Annual administration report of the Civil Veterinary Department of India - 1892-1893
Year: 1892
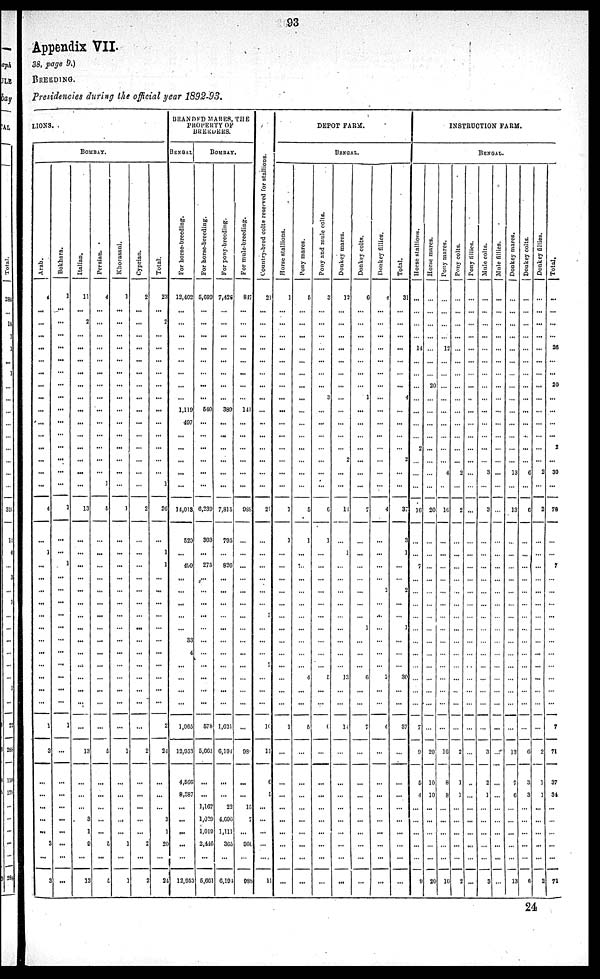
93
Appendix VII.
38, page 9.)
BREEDING.
Presidencies during the official year 1892-93.
LIONS.
BOMBAY.
Arab.
...
...
...
...
...
...
...
...
...
...
...
...
...
...
...
4
...
1
...
...
...
...
...
...
...
...
...
...
...
...
1
3
...
...
...
...
...
3
...
3
Bokhara.
1
...
...
...
...
...
...
...
...
...
...
...
...
...
...
...
1
...
...
1
...
...
...
... ...
...
...
...
...
...
...
1
...
...
...
...
...
...
...
...
...
Italian.
11
...
2
...
...
...
...
...
...
...
...
...
...
...
...
...
13
...
...
...
...
...
...
...
...
...
...
...
...
...
...
...
13
...
...
...
3
1
9
...
13
Persian.
4
...
...
...
...
...
...
...
...
...
...
...
...
...
...
1
5
...
...
...
...
...
...
...
...
...
...
...
...
...
...
...
5
...
...
...
...
...
5
...
5
Khorasani.
1
...
...
...
...
...
...
...
...
...
...
...
...
...
...
...
1
...
...
...
...
...
...
... ...
...
...
...
...
...
...
...
1
...
...
...
...
...
1
...
1
Cyprian.
2
...
...
...
...
...
...
...
...
...
...
...
...
...
...
...
2
...
...
...
...
...
...
...
...
...
...
...
...
...
...
...
2
...
...
...
...
...
2
...
2
Total.
23
...
2
...
...
...
...
...
...
...
...
...
...
...
...
1
26
...
1
1
...
...
...
... ...
...
...
...
...
...
...
2
24
...
...
...
3
1
20
...
2
BRANDED MARES, THE
PROPERTY OF
BREEDERS.
BENGAL
For horse-breeding.
12,402
...
...
...
...
...
...
...
...
1,119
497
...
...
...
...
...
14,018
529
...
490
...
...
...
... ...
33
4
...
...
...
...
1,065
12,033
4,566
8,387
...
...
...
...
...
12,953
BOMBAY.
For horse-breeding.
5,699
...
...
...
...
...
...
...
...
540
...
...
...
...
...
...
6,239
303
...
275
...
...
...
... ...
...
...
...
...
...
...
678
5,661
...
...
1,167
1,029
1,019
2,446
...
5,661
For pony-breeding.
7,428
...
...
...
...
...
...
...
...
389
...
...
...
...
...
...
7,815
795
...
826
...
...
...
...
...
...
...
...
...
...
...
1,031
6,194
...
...
22
4,696
1,111
365
...
6,164
For mule-breeding.
817
...
...
...
...
...
...
...
...
141
...
...
...
...
...
...
988
...
...
...
...
...
...
...
...
...
...
...
...
...
...
...
93
...
...
15
7
...
960
...
988
Countr y- br e d c o l t s r e s e r v e d for stallions.
21
...
...
...
...
...
...
...
...
...
...
...
...
...
...
...
21
...
...
...
...
...
...
3 ...
...
...
7
...
...
...
10
11
6
5
...
...
...
...
...
11
DEPOT FARM.
BENGAL.
Horse stallions.
1
...
...
...
...
...
...
...
...
...
...
...
...
...
...
...
1
1
...
...
...
...
...
...
...
...
...
...
...
...
...
1
...
...
...
...
...
...
...
...
...
Pony mares.
5
...
...
...
...
...
...
...
...
...
...
...
...
...
...
...
5
1
...
...
...
...
...
... ...
...
...
...
4
...
...
6
...
...
...
...
...
...
...
...
...
Pony and mule colls.
3
...
...
...
...
...
...
...
3
...
...
...
...
...
...
...
6
1
...
...
...
...
...
...
...
...
...
...
5
...
...
6
...
...
...
...
...
...
...
...
...
Donkey mares.
12
...
...
...
...
...
...
...
...
...
...
...
...
2
...
...
11
...
1
...
...
...
...
... ...
...
...
...
13
...
...
14
...
...
...
...
...
...
...
...
...
Donkey colts.
6
...
...
...
...
...
...
...
1
...
...
...
...
...
...
...
7
...
...
...
...
...
...
...
1
...
...
...
6
...
...
7
...
...
...
...
...
...
...
...
...
Donkey fillies.
4
...
...
...
...
...
...
...
...
...
...
...
...
...
...
...
4
...
...
...
...
2
...
... ...
...
...
...
2
...
...
4
...
...
...
...
...
...
...
...
...
Total.
31
...
...
...
...
...
...
...
4
...
...
...
...
2
...
...
37
3
1
...
...
2
...
...
1
...
...
...
30
...
...
37
...
...
...
...
...
...
...
...
...
INSTRUCTION FARM.
BENGAL.
Horse stallions.
...
...
...
...
14
...
...
...
...
...
...
...
2
...
...
...
16
...
...
7
...
...
...
... ...
...
...
...
...
...
...
7
9
5
4
...
...
...
...
...
9
Horse mares.
...
...
...
...
...
...
...
20
...
...
...
...
...
...
...
...
20
...
...
...
...
...
...
...
...
...
...
...
...
...
...
...
20
10
10
...
...
...
...
...
20
Pony mares.
...
...
...
...
12
...
...
...
...
...
...
...
...
...
4
...
10
...
...
...
...
...
...
... ...
...
...
...
...
...
...
...
16
8
8
...
...
...
...
...
16
Pony colts.
...
...
...
...
...
...
...
...
...
...
...
...
...
...
2
...
2
...
...
...
...
...
...
... ...
...
...
...
...
...
...
...
2
1
1
...
...
...
...
...
2
Pony fillies.
...
...
...
...
...
...
...
...
...
...
...
...
...
...
...
...
...
...
...
...
...
...
...
... ...
...
...
...
...
...
...
...
...
...
...
...
...
...
...
...
...
Mule colts.
...
...
...
...
...
...
...
...
...
...
...
...
...
...
3
...
3
...
...
...
...
...
...
... ...
...
...
...
...
...
...
...
3
2
1
...
...
...
...
...
3
Mule fillies.
...
...
...
...
...
...
...
...
...
...
...
...
...
...
...
...
...
...
...
...
...
...
...
...
...
...
...
...
...
...
...
...
...
...
...
...
...
...
...
...
...
Donkey mares.
...
...
...
...
...
...
...
...
...
...
...
...
...
...
13
...
13
...
...
...
...
...
...
... ...
...
...
...
...
...
...
...
13
7
6
...
...
...
...
...
13
Donkey colts.
...
...
...
...
...
...
...
...
...
...
...
...
...
...
6
...
6
...
...
...
...
...
...
...
...
...
...
...
...
...
...
6
3
3
...
...
...
...
...
6
Donkey fillies.
...
...
...
...
...
...
...
...
...
...
...
...
...
...
2
...
2
...
...
...
...
...
...
... ...
...
...
...
...
...
...
...
2
1
1
...
...
...
...
...
2
Total.
...
...
...
...
26
...
...
20
...
...
...
...
2
...
30
...
78
...
...
7
...
...
...
... ...
...
...
...
...
...
...
7
71
37
34
...
...
...
...
...
71
24